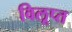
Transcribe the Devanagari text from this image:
विलूप्त